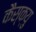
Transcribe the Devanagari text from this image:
कैस्क्यु